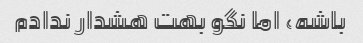
باشه، اما نگو بهت هشدار ندادم